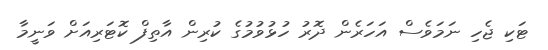
ޓަކި ޖެހި ނަމަވެސް އަހަރެން ދޮރު ހުޅުވުމުގެ ކުރިން އާތިފް ކޮޓަރިއަށް ވަނީމާ